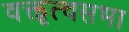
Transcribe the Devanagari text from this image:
वक्तृत्वसभा